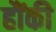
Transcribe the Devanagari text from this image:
हौंकी